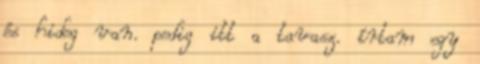
és hideg van. pedig itt a tavasz. írtam egy